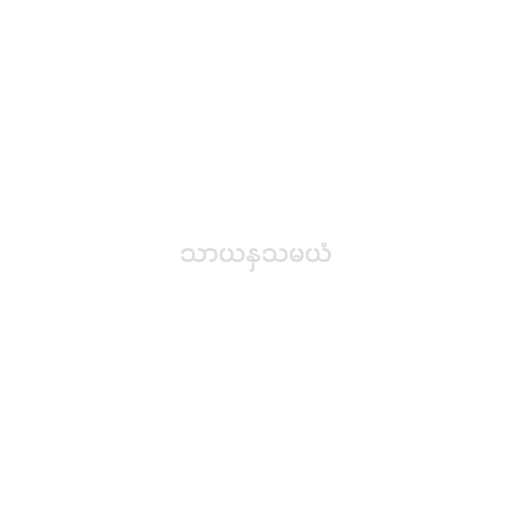
သာယနှသမယံ